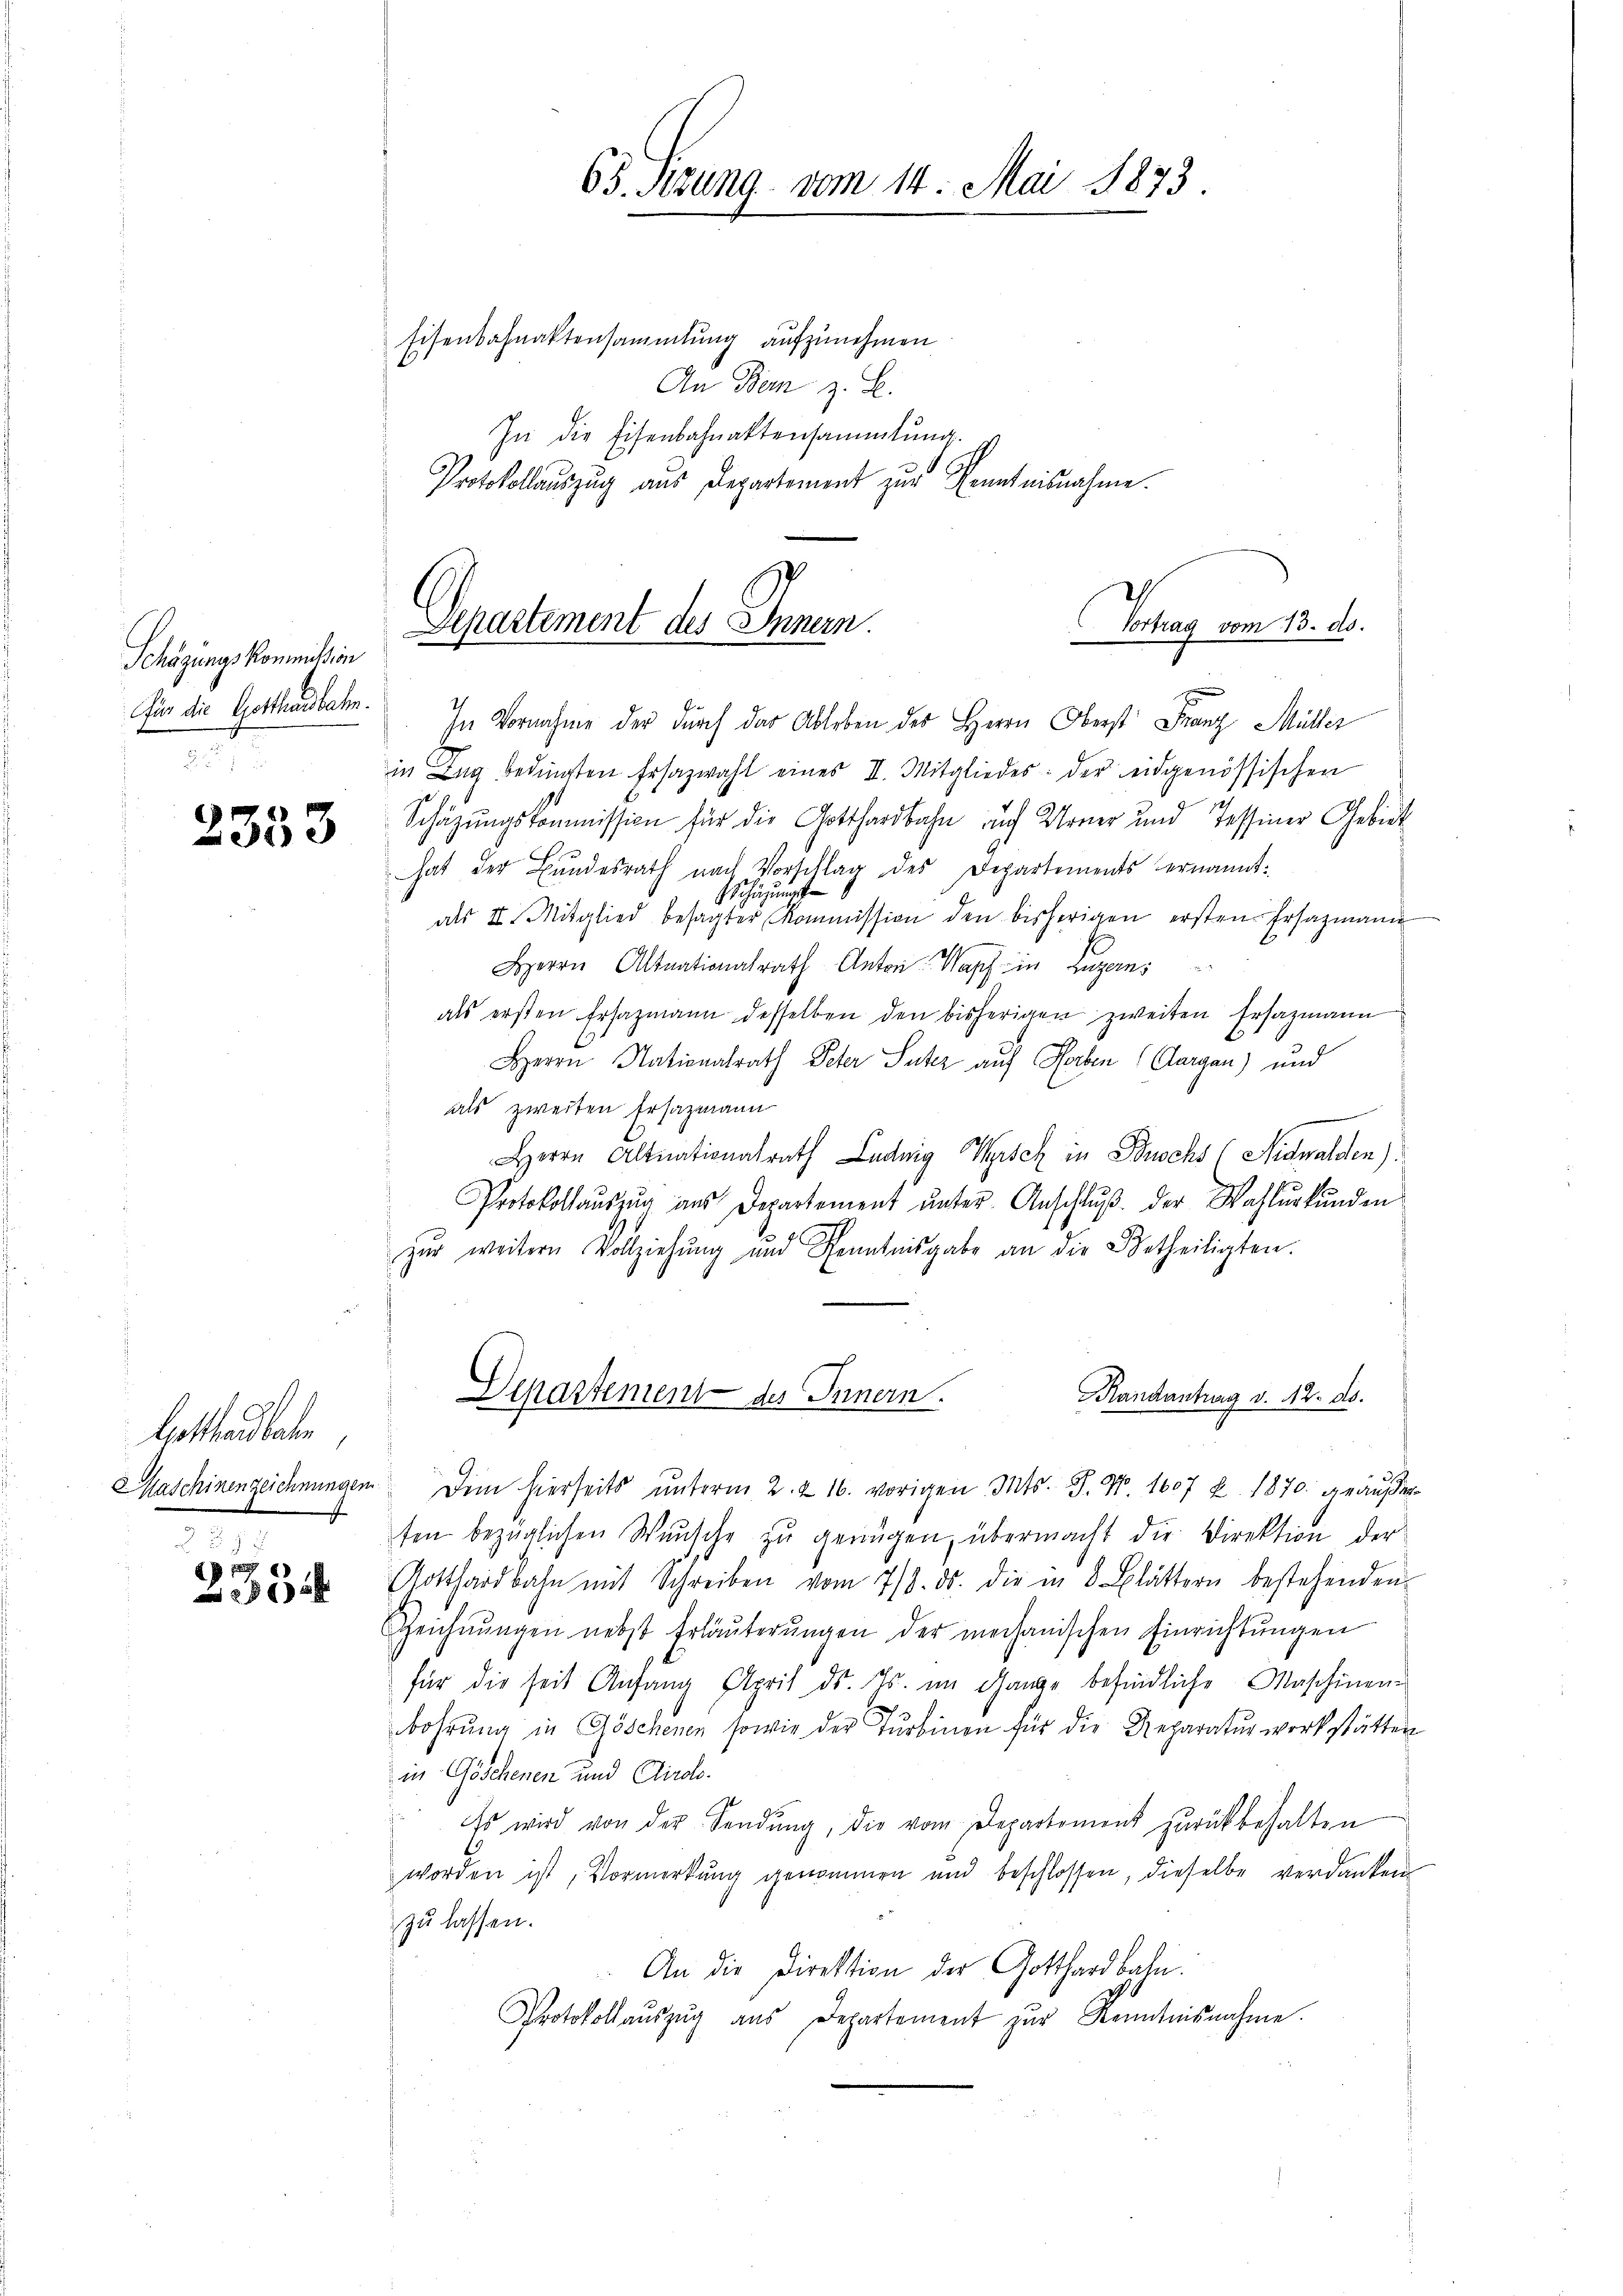
Schäzungs Kommission
für die Gotthardbahn.

2353

Gotthardbahn

29
2335

Eisenbahnaktensammlung aufzunehmen.
An Dem z. B.
In die Eisenbahnaktensammlung.
Protokollauszug aus Departement zur Kenntnisnahme.

In Vornahme der durch das Ableben des Herrn Oberst Franz Müller
in Zŭg bedingten Ersazwahl eines II. Mitgliedes: der eidgenössischen
Schäzŭngskommission für die Gotthardbahn auf Urner und Tessiner Gebiet
hat der Bŭndesrath nach Vorschlag des Departements ernannt:
igung ste
115
als II. Mitglied besagter Kommission den bisherigen ersten Ersatzmann
Herrn Altnationalrath Anton Kopf in Luzern,
als ersten Ersazmann desselben den bisherigen zweiten Ersazmann
Herrn Nationalrath Peter Suter auf Horben (Aargau) und
als zweiten Ersatzmann
Herrn Altnationalrath Luduig Tisch in Bochs (Nidwalden)
Protokollaŭszŭg aŭs Departement ŭnter Anschlŭβ der Wahlurkunden
zŭr weitern Vollziehŭng und Kenntnisgabe an die Betheiligten.
Maschinenzeichnungen dem hierseits ŭnterm 2. & 16. vorigen Mts. S. Nr. 1607 u. 1870 geäußerten bezüglichen Wasche zŭ genügen, übermacht die Direktion der
Gotthardbahn mit Schreiben vom 7/8. ds. die in 8 Blättern bestehenden
Zeichnŭngen nebst Erläuterŭngen der mechanischen Einrichtŭngen
für die seit Anfang April ds. Js. im Gange befindliche Maschinen-
bohrŭng in Göschenen sowie der Turbinen für die Reparaturwerkstätten
in Göschenen und Airolo.
 Es wird von der Sendŭng, die vom Departement zŭrückbehalten
worden ist, Vormerkung genommen und beschlossen, dieselbe verdanken
zu lassen.
An die Direktion der Gotthardbahn.
Protokoll aŭszŭg aŭs Departement zur Kenntnisnahme.

65. Sitzung vom 14. Mai 1873

Departement des Innern.
Vortrag vom 13. ds.

Kandantrag v. 12. ds.
Departement des Innern.